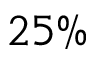
2 5 \%